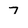
Character: 7